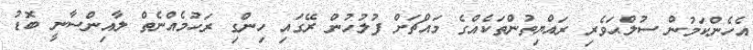
އެހެންކަމުން ސުލްޙަވެރި ރައްޔިތުންތަކެއްގެ މައްޗަށް ފުލުހުން ރޭގައި ހިންގި ރަހުމެއްނެތް ލާއިންސާނީ ބޮޑު